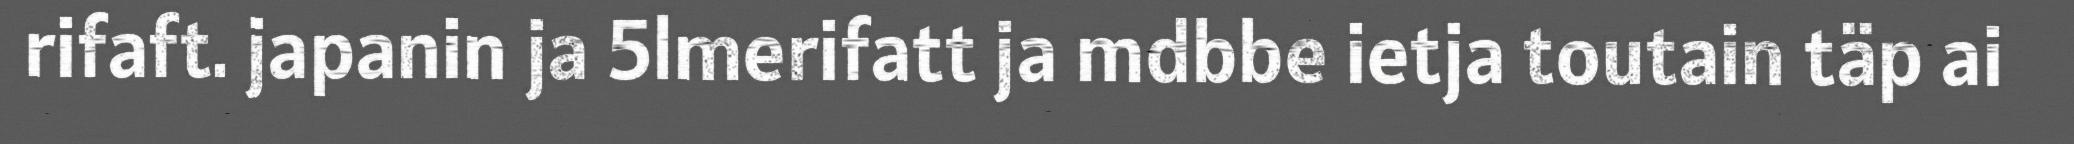
rifaft. japanin ja 5lmerifatt ja mdbbe ietja toutain täp ai